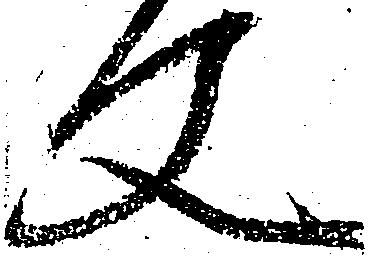
文